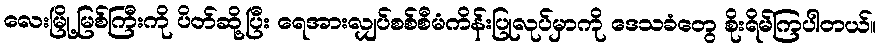
လေးမြို့မြစ်ကြီးကို ပိတ်ဆို့ပြီး ရေအားလျှပ်စစ်စီမံကိန်းပြုလုပ်မှာကို ဒေသခံတွေ စိုးရိမ်ကြပါတယ်။